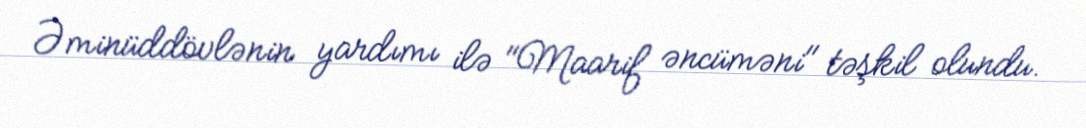
Əminüddövlənin yardımı ilə "Maarif əncüməni" təşkil olundu.